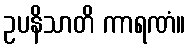
ဥပနိသာတိ ကာရဏံ။